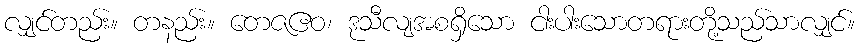
လျှင်တည်း။ တနည်း။ တေဇဧဝ၊ ဒုသီလျအစရှိသော ငါးပါးသောတရားတို့သည်သာလျှင်။